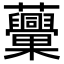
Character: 𧅾